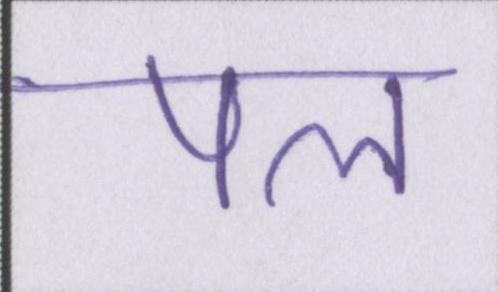
पल